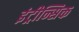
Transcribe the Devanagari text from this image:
इंट्रीन्सिक